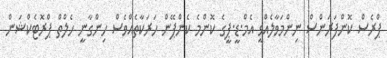
ޕްރެސް ކޮންފަރަންސް ނިންމަވާލެއްވީ އެމް.ޑީ.ޕީގެ ކޮންމެ ކެންޕޭން ހަރަކާތެއްވެސް ހިންގާނީ ހެލްތް ޕްރޮޓެކްޝަން